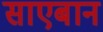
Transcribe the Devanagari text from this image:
साएबान